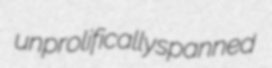
unprolifically spanned